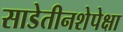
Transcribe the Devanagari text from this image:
साडेतीनशेपेक्षा